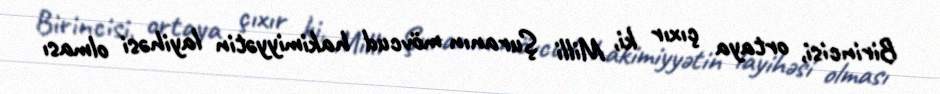
Birincisi, ortaya çıxır ki, Milli Şuranın mövcud hakimiyyətin layihəsi olması